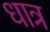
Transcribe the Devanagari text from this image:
धात्र